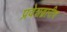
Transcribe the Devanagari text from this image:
प्रवेशद्वारीच